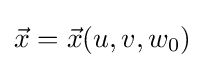
{\vec {x}}={\vec {x}}(u,v,w_{0})